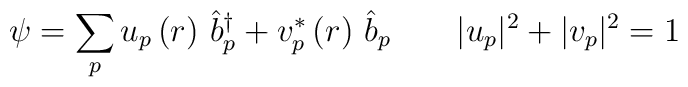
\psi =\sum\limits_pu_p\left( r\right) \,\hat b_p^{\dagger }+v_p^{*}\left(r\right) \,\hat b_p\qquad |u_p|^2+|v_p|^2=1